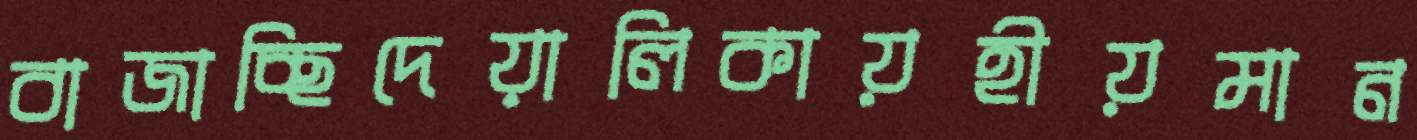
বাজাচ্ছিদেয়ালিকায়হীয়মান